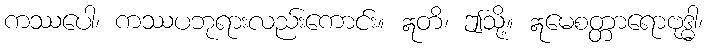
ကဿပေါ၊ ကဿပဘုရားလည်းကောင်း။ ဣတိ၊ ဤသို့။ ဣမေစတ္တာရောဗုဒ္ဓါ၊